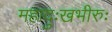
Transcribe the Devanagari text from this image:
महादुःखभीरुः